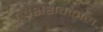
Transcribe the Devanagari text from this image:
पूर्वशैशवकाल